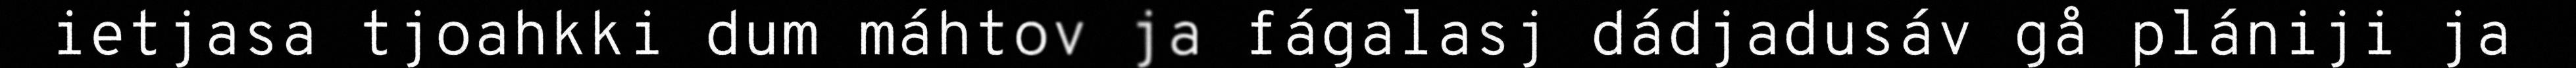
ietjasa tjoahkki dum máhtov ja fágalasj dádjadusáv gå plániji ja